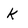
Character: k